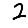
Digit: 2